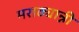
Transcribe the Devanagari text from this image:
मराठ्यान्नी